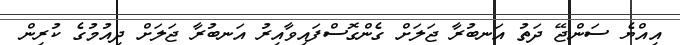
އިއްޔެ ސަންޖޭ ދަތު އަނބުރާ ޖަލަށް ގެންގޮސްފައިވާއިރު އަނބުރާ ޖަލަށް ދިއުމުގެ ކުރިން